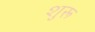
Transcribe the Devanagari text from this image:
शुरू